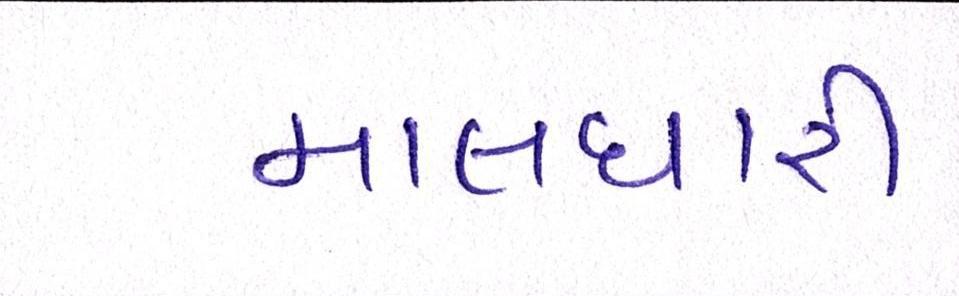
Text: માલધારી